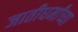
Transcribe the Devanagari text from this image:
जातीधर्मांच्या